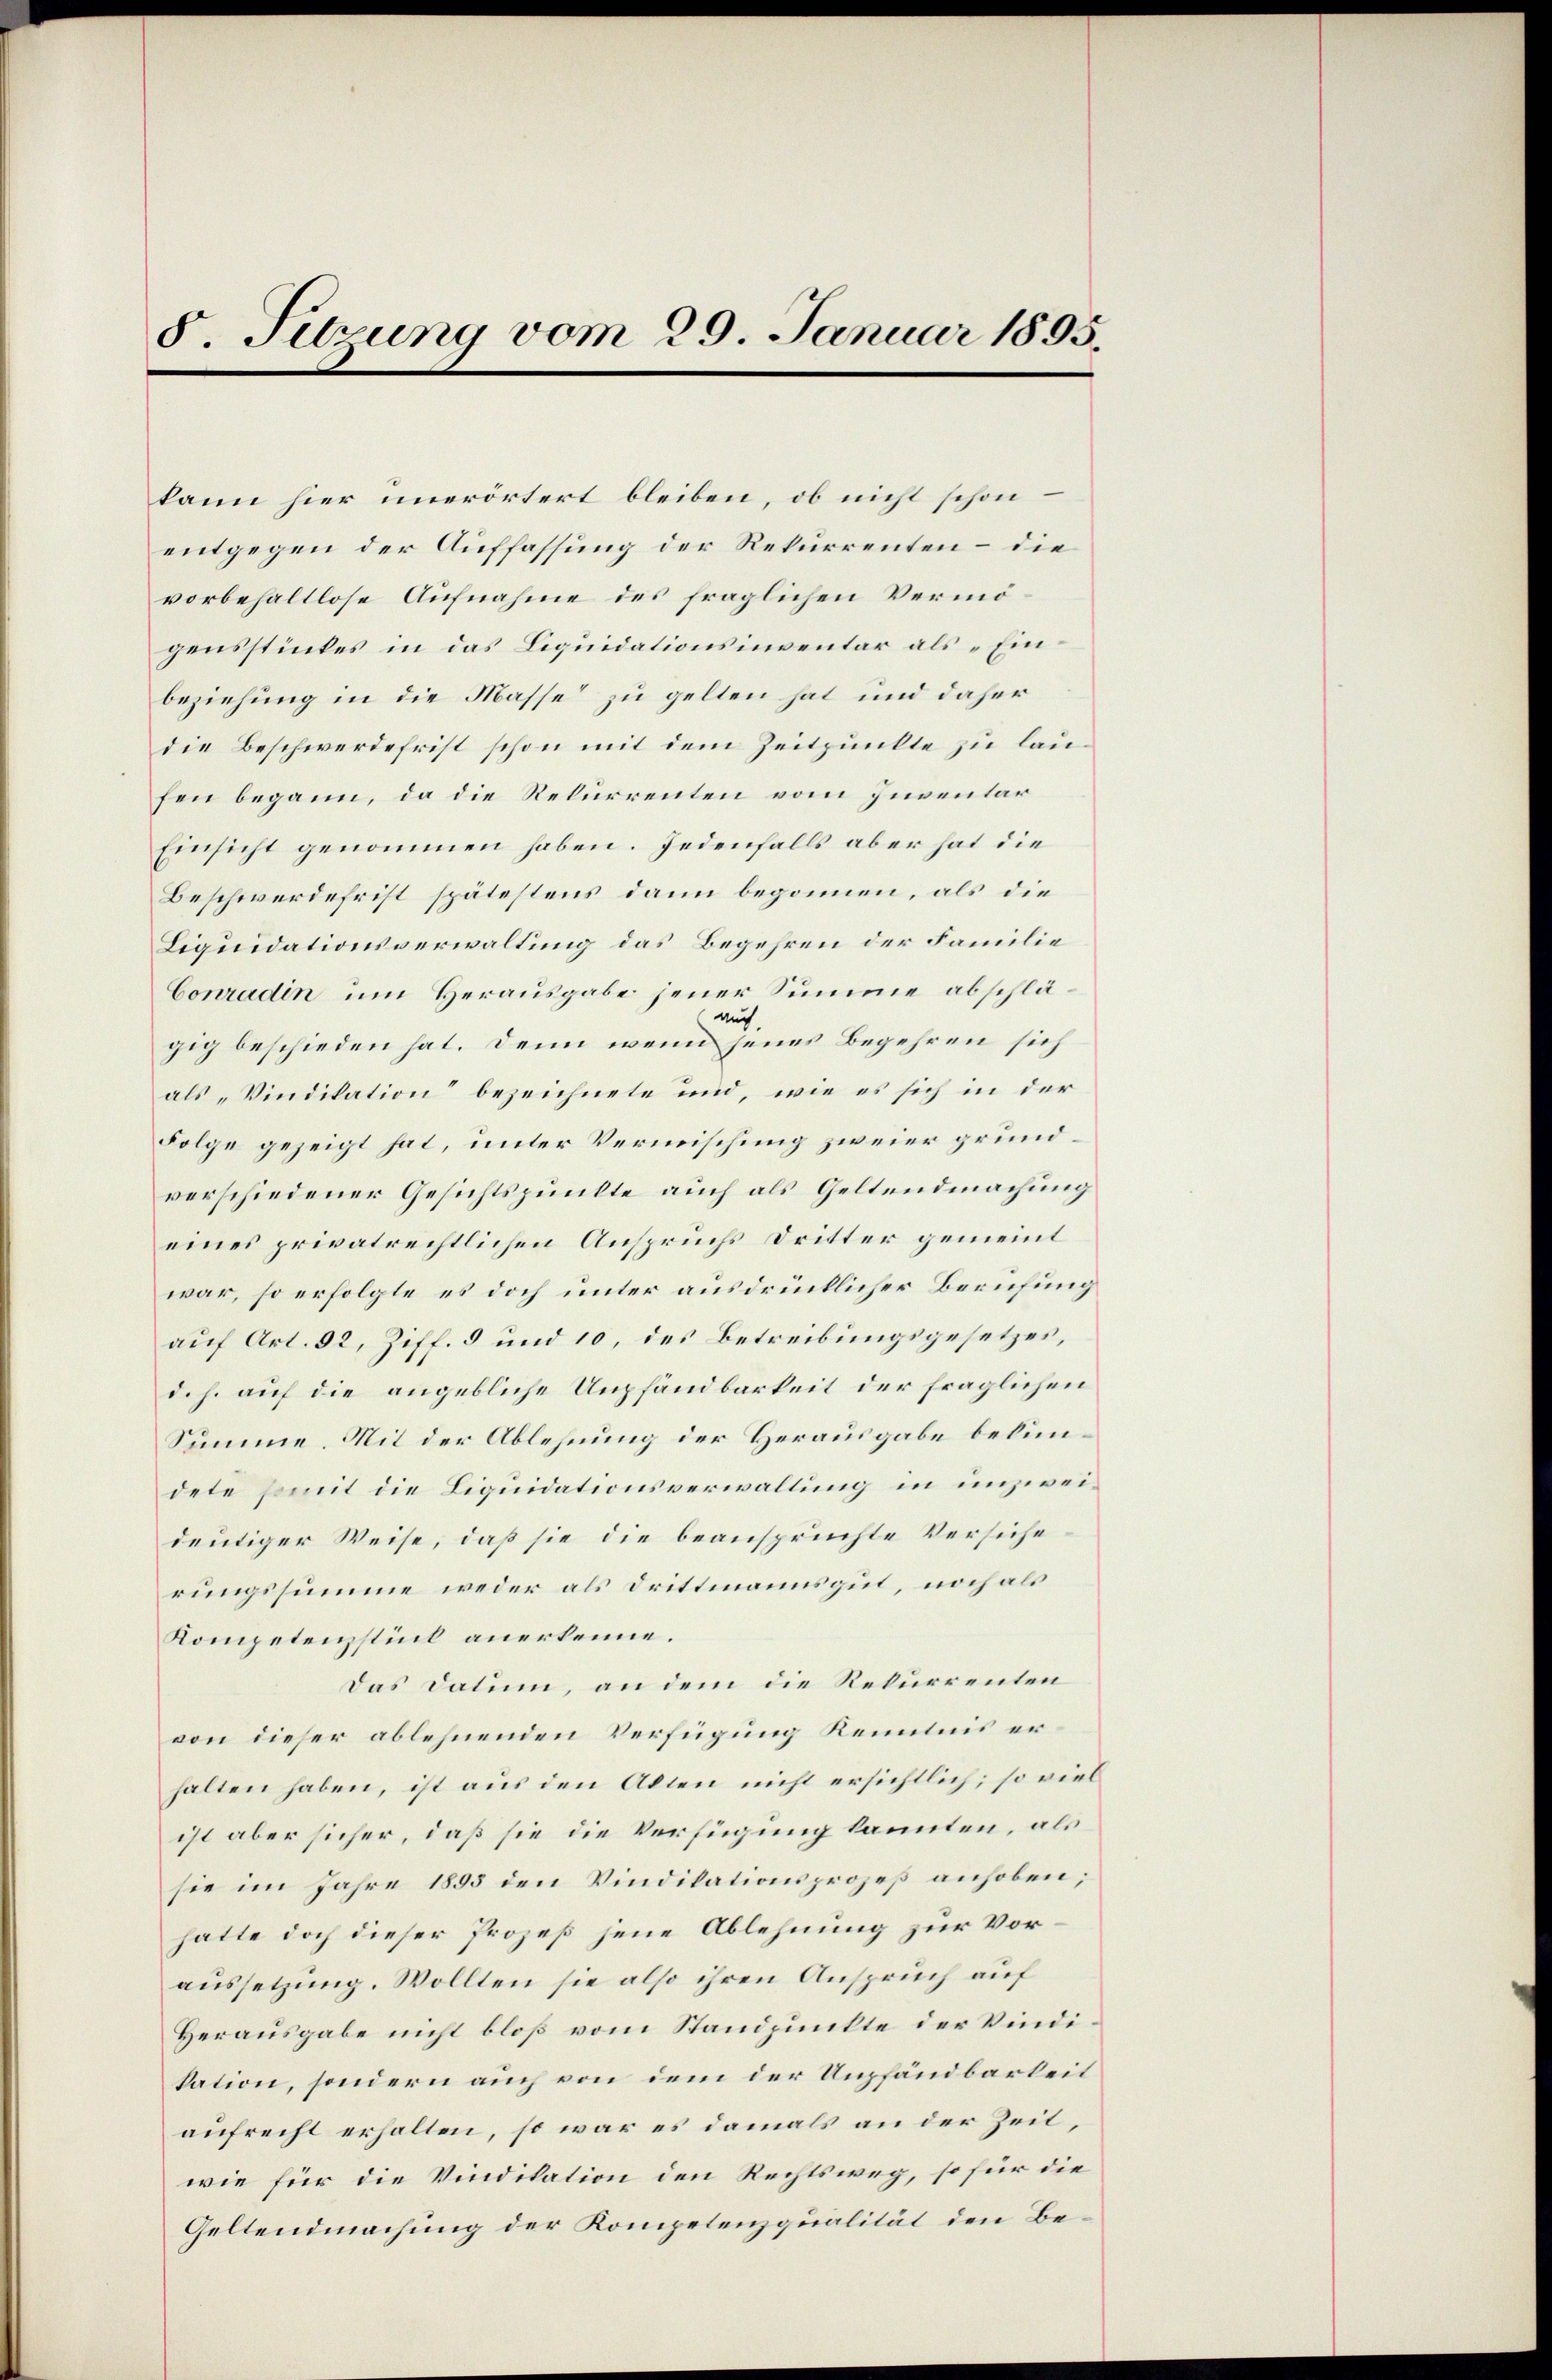
5. Setzung vom 29. Januar 1895

kann hier unerörtert bleiben, ob nicht schon
entgegen der Auffassung der Rekurrenten – die
vorbehaltlose Aufnahme des fraglichen Vermögensstückes in das Liquidationsinventar als „Einbeziehung in die Masse zu gelten hat und daher
die Beschwerdefrist schon mit dem Zeitpunkte zu laufen begann, da die Rekurrenten vom Inventar
Einsicht genommen haben. Jedenfalls aber hat die
Beschwerdefrist spätestens dann begonnen, als die
Liquidationsverwaltung das Begehren der Familie
Conradin um Herausgabe jener Summe abschläauch
gig beschieden hat. Denn wenn jenes Begehren sich
als „Vindikation“ bezeichnete und, wie es sich in der
Folge gezeigt hat, unter Vermischung zweier grundverschiedener Gesichtspunkte auch als Geltendmachung
eines privatrechtlichen Anspruchs Dritter gemeint
war, so erfolgte es doch unter ausdrücklicher Berufung
auf Art. 92, Ziff. 3 und 10, des Betreibungsgesetzes,
d. h. auf die angebliche Unpfändbarkeit der fraglichen
Summe. Mit der Ablehnung der Herausgabe bekundete somit die Liquidationsverwaltung in unzweideutiger Weise, daß sie die beanspruchte Versiche
rungssumme weder als Drittmannsgut, noch als
Kompetenzstück anerkenne.
Das Datum, an dem die Rekurrenten
von dieser ablehnenden Verfügung Kenntnis erhalten haben, ist aus den Alten nicht ersichtlich; so viel
ist aber sicher, daß sie die Verfügung kannten, als
sie im Jahre 1893 den Vindikationsprozeß anhoben;
hatte doch dieser Prozeß jene Ablehnung zur Voraussetzung. Wollten sie also ihren Anspruch auf
Herausgabe nicht bloß vom Standpunkte der Vindikation, sondern auch von dem der Umpfändbarkeit
aufrecht erhalten, so war es damals an der Zeit,
wie für die Vindikation den Rechtsweg, so für die
Geltendmachung der Kompetenzqualität den Be¬